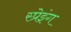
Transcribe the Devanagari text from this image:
स्प्रेइंग